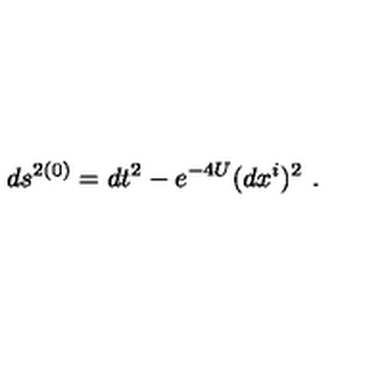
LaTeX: d s ^ { 2 ( 0 ) } = d t ^ { 2 } - e ^ { - 4 U } ( d x ^ { i } ) ^ { 2 } \ .